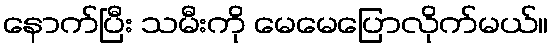
နောက်ပြီး သမီးကို မေမေပြောလိုက်မယ်။